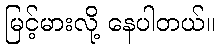
မြင့်မားလို့ နေပါတယ်။